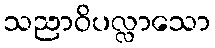
သညာဝိပလ္လာသော